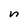
Character: n